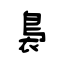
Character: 裊